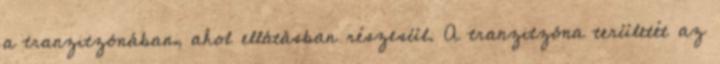
a tranzitzónában, ahol ellátásban részesül. A tranzitzóna területét az